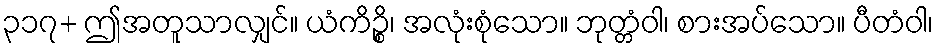
၃၁၇+ ဤအတူသာလျှင်။ ယံကိဉ္စိ၊ အလုံးစုံသော။ ဘုတ္တံဝါ၊ စားအပ်သော။ ပီတံဝါ၊